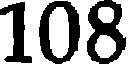
108